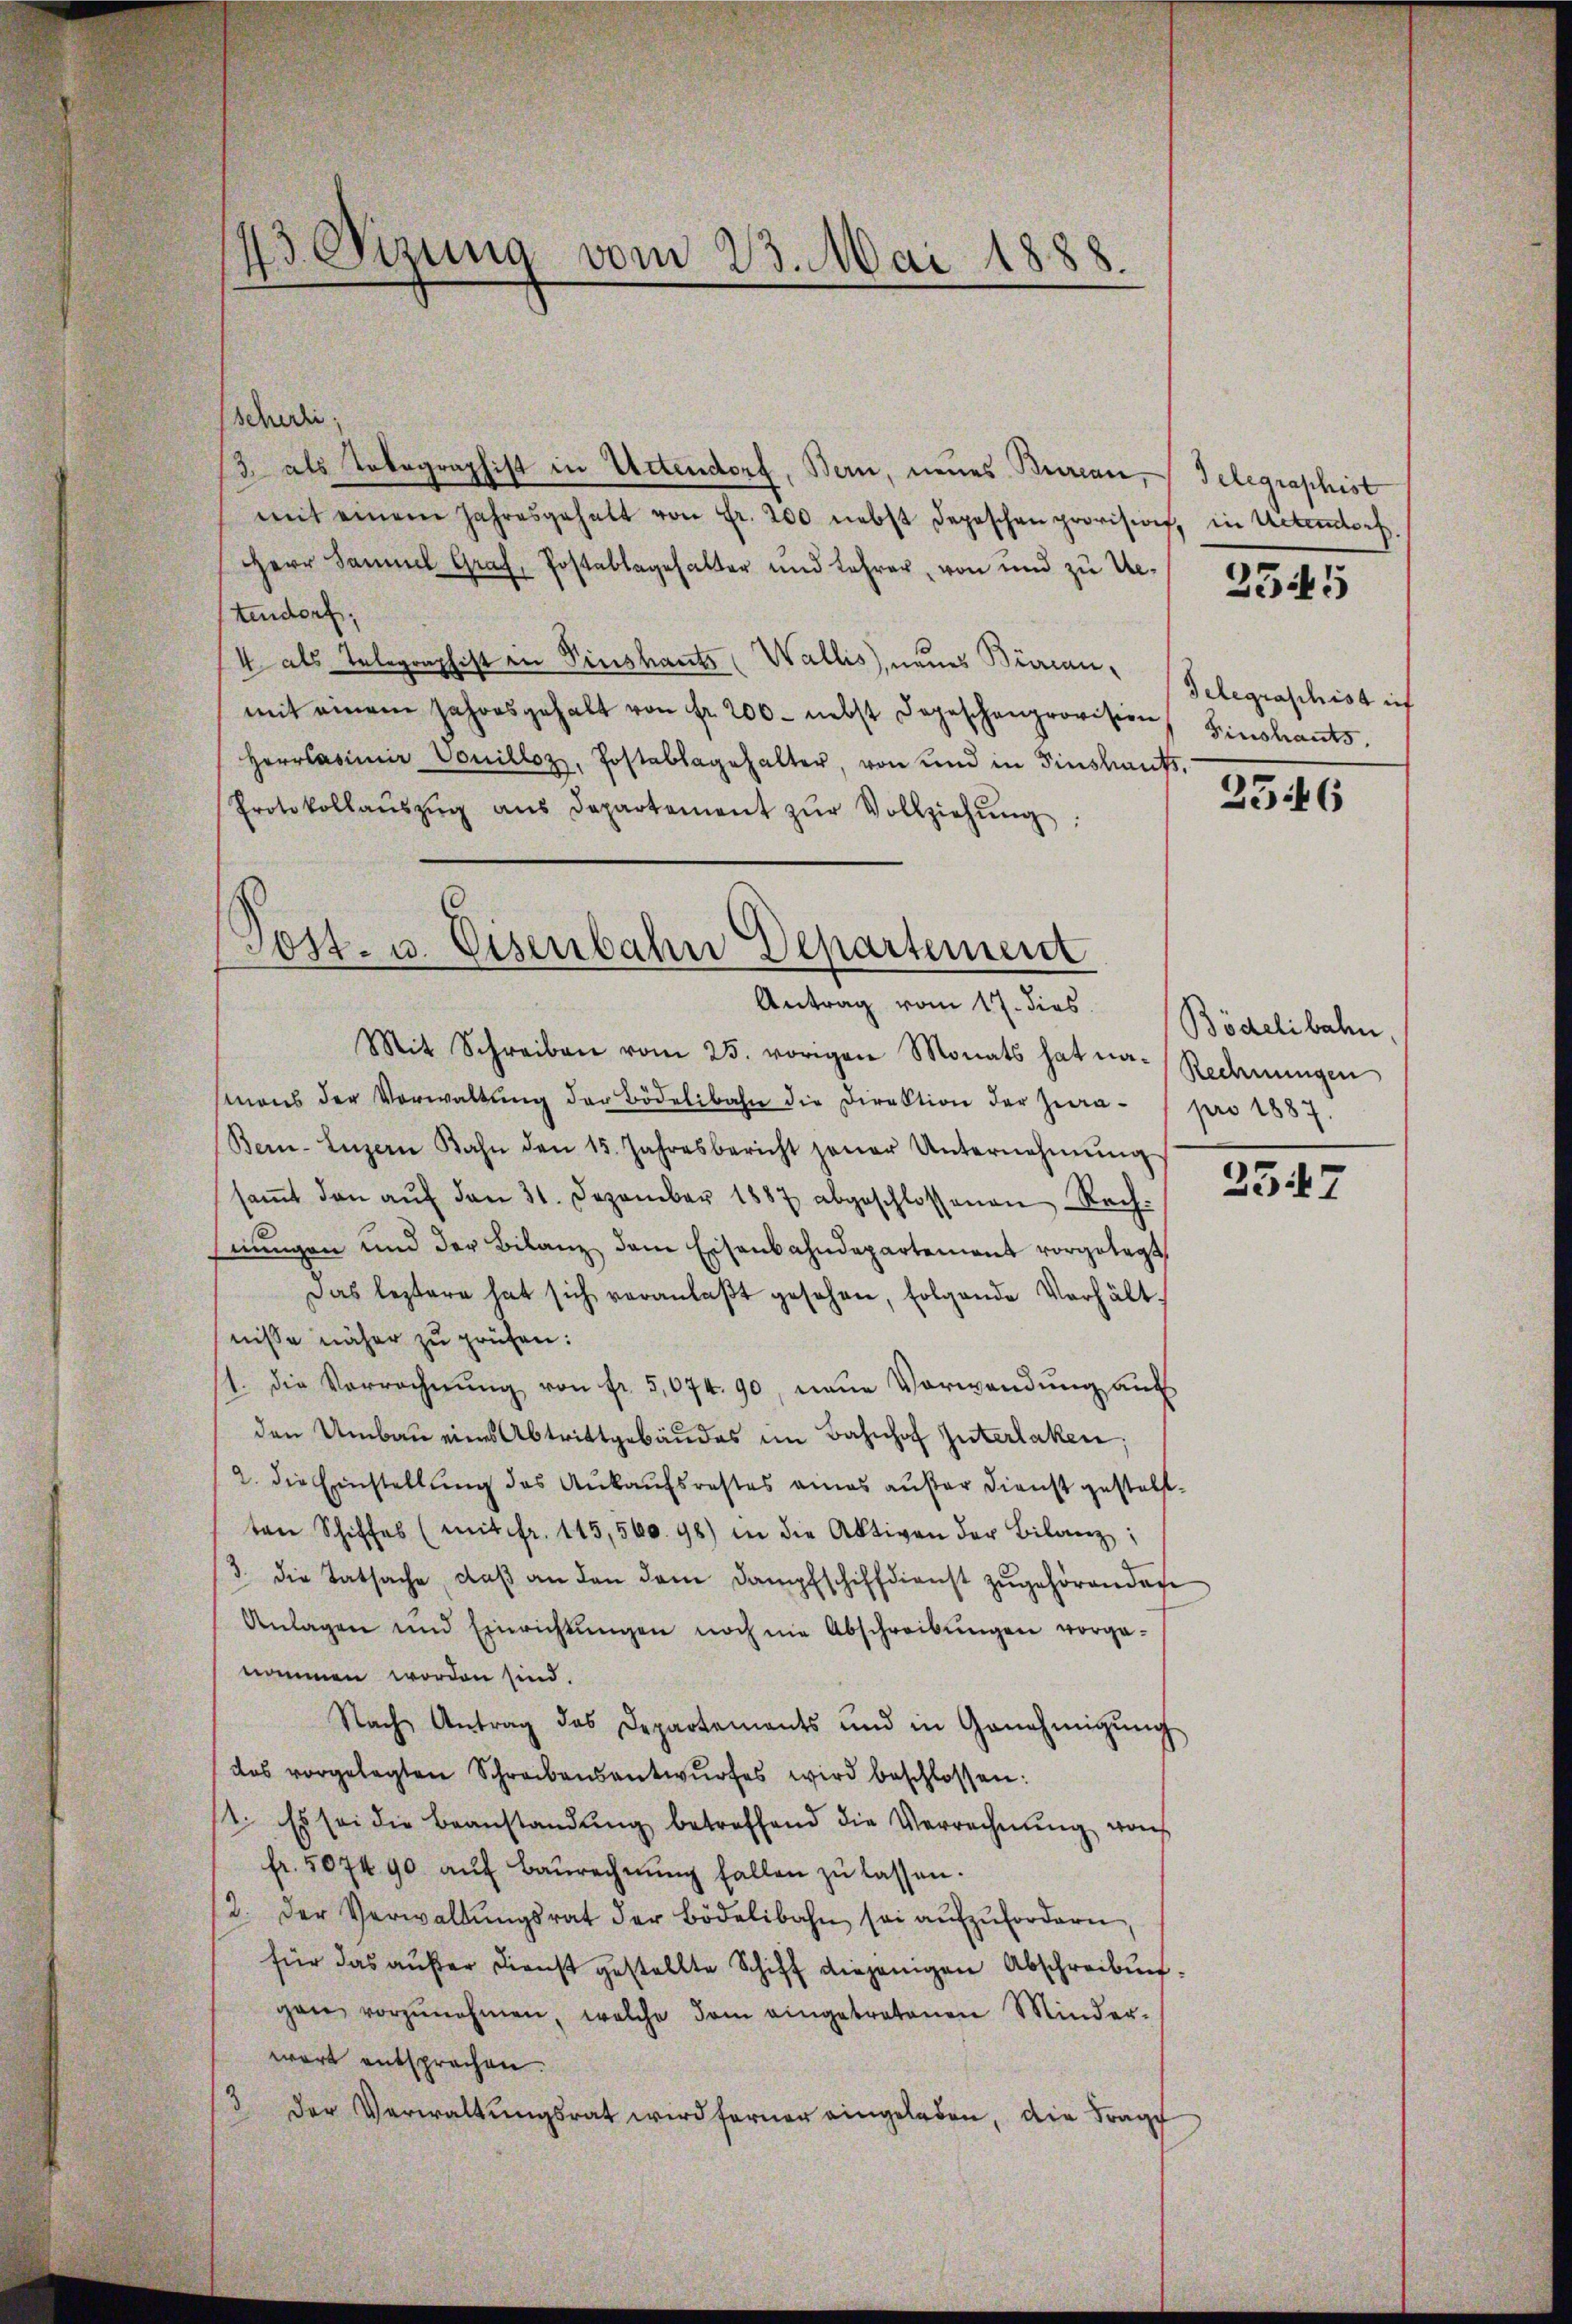
Mit Schreiben vom 25. vorigen Monats hat na-Rechnŭngen
mans der Verwaltŭng der Bödelibahn die Direktion der Ziera pro 1887.
Bern-Luzern Bahn den 15. Jahresbericht jener Unternehmung
saṁt den aŭf den 31. Dezember 1887 abgeschlossenen Rech-
nungen und der Bilanz dem Eisenbahndepartement vorgelegt,
Das leztere hat sich veranlaβt gesehen, folgende Verhält-
nisse näher zu prüfen:
1. Die Vorrechnŭng von fr. 5,074. 90, neue Verwendung auf
den Umbau eines Abtrittgebäŭdes im Bahnhof Interlaken.
2. die Einstellung des Ankaufsrestes eines außer Dienst gestellten Schiffes (mit fr. 113,560. 98) in die Aktiven der Bilanz:
3. die Tatsache, daβ an den dem Dampfschiffdienst zŭgehörenden
Anlagen und Einrichtŭngen noch nie Abschreibŭngen vorge-
nommen worden sind.
Nach Antrag des Departements und in Genehmigŭng
das vorgelegten Schreibensantwŭrfes wird beschlossen:
1. Es sei die Beanstandŭng betreffend die Verrechnung von
fr. 507490 aŭf Baŭrechnŭng fallen zŭ lassen.
2. der Verwaltŭngsrat der Bödelibahn sei aŭfzŭfordern,
für das außer Dienst gestellte Schiff diejenigen Abschreibun
gen vorzŭnehmen, welche dem eingetretenen Minder-
wart entsprechen.
der Verwaltŭngsrat wird ferner eingeladen, die Frage

43. Sizung vom 23. Mai 1888.

schedli
3 als Tobographist in Artendorf, Bern, neues Bureau
mit einem Jahresgehalt von Fr. 200 nebst Depeschen provision, in Uetentorf.
Herr Sammel Graf, Postablagehalter und Lehrer, von und zu Ue-
tendorf,
4 als Telegraphist in Pinshants (Wallis, neues Bürcanmit einem Jahresgehalt von Fr. 200 - nebst Depeschenprovision, Einschants,
Herrladimir Vouilloz, Postablagehalter, von und in Einschants.
Protokollaŭszŭg ans Departement zŭr Vollziehŭng:

Post- u. Eisenbahn Departement
Antrag vom 17. dies

Telegraphist

2545

Telegraschist ich

2546

Bödelibahn,

2547